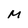
Character: M